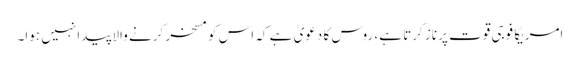
امریکا فوجی قوت پر ناز کرتا ہے، روس کا دعویٰ ہے کہ اس کو مسخر کرنے والا پیدا نہیں ہوا۔